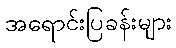
အရောင်းပြခန်းများ